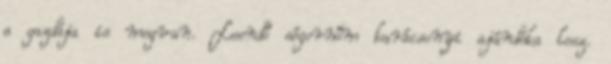
a gazdája is megvan. Leendő sógornőm karácsonyi ajándéka lesz.